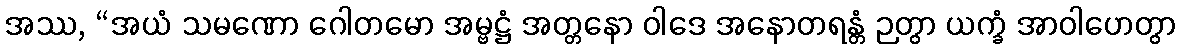
အဿ, “အယံ သမဏော ဂေါတမော အမ္ဗဋ္ဌံ အတ္တနော ဝါဒေ အနောတရန္တံ ဉတွာ ယက္ခံ အာဝါဟေတွာ